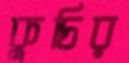
কুচির